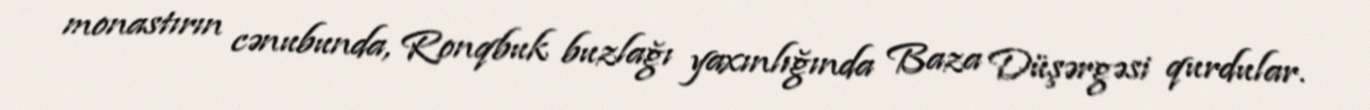
monastırın cənubunda, Ronqbuk buzlağı yaxınlığında Baza Düşərgəsi qurdular.